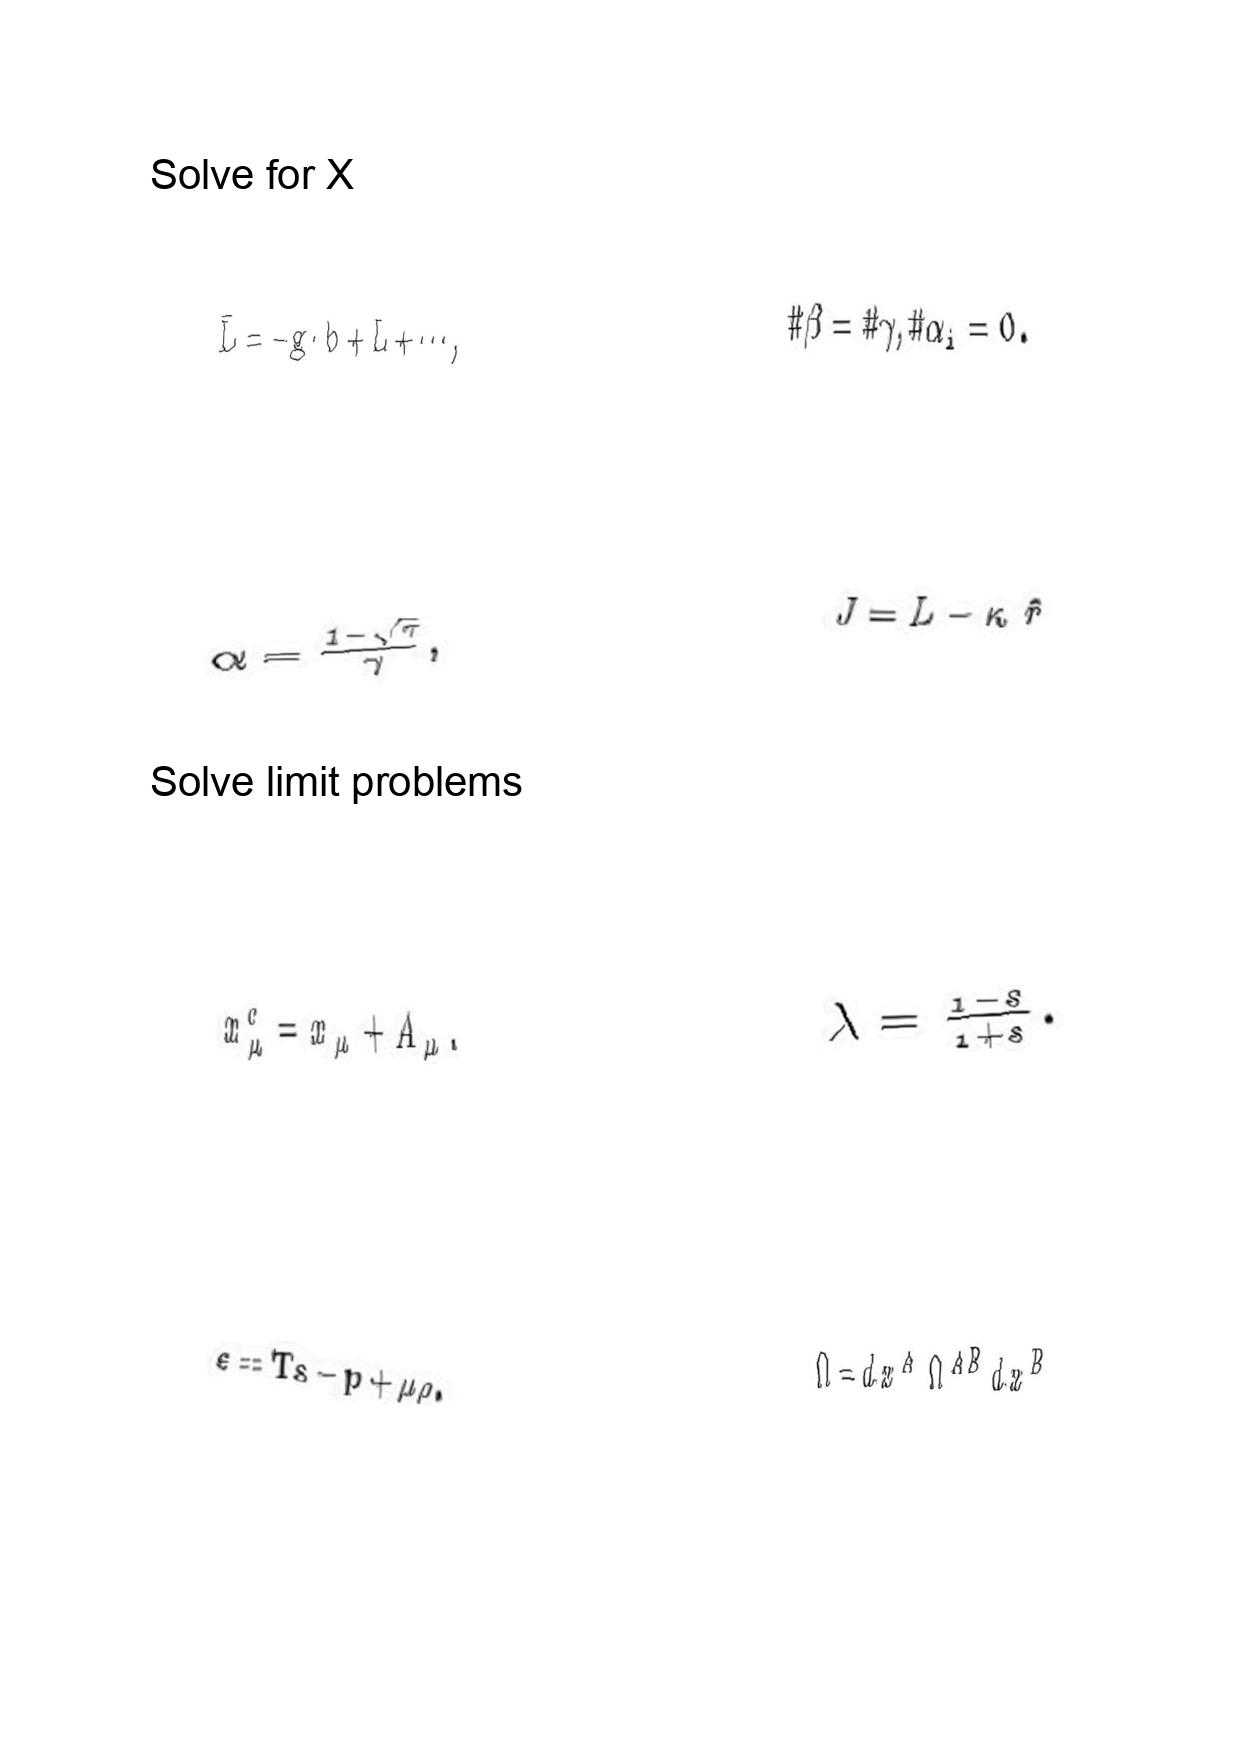
LaTeX transcription:
\bar { L } = - g \cdot b + L + \@cdots ,
\alpha = \frac { 1 - \sqrt { \tau } } { \gamma } ,
x _ { \mu } ^ { c } = x _ { \mu } + A _ { \mu } .
\varepsilon = T s - p + \mu \rho .
\# \beta = \# \gamma , \# \alpha _ { i } = 0 .
J = L - \kappa \hat { r }
\lambda = \frac { 1 - s } { 1 + s } .
\Omega = d x ^ { A } \Omega ^ { A B } d x ^ { B }